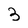
Character: 3